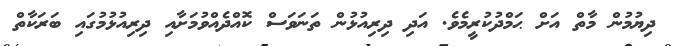
ދިޔުމުން މާތް އަށް ޙަމްދުކުރީމެވެ. އަދި ދިރިއުޅުން ތަނަވަސް ކޮއްދެއްވުމަށާއި ދިރިއުޅުމުގައި ބަރަކާތް